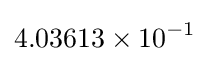
4.03613\times 10^{-1}